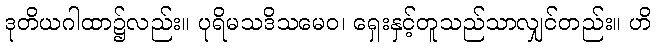
ဒုတိယဂါထာ၌လည်း။ ပုရိမသဒိသမေဝ၊ ရှေးနှင့်တူသည်သာလျှင်တည်း။ ဟိ